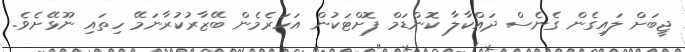
ޖީބަށް ލައިގެން ގެނެސް ދައްކާލާ ކޮންޑަމް ފޮށްޓަކުން އަހަރެމެން ބޭޒާރުކުރާނަމޭ ހިތައި ނޫޅޭށެވެ.